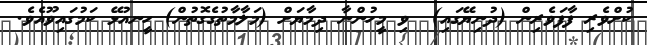
ކުށްވެރި ފާފަވެރިން (ދުނިޔޭގައި)  ވި މީހުންނާ ދިމާޔަށް (މަލާމާތުގެގޮތުން) ހީނއުޅޭ ކަމުގައިވޫއެވެ.